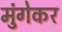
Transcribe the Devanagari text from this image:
मुंगेकर